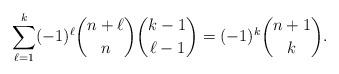
LaTeX: \begin{align*}\sum_{\ell=1}^k(-1)^{\ell}\binom{n+\ell}{n}\binom{k-1}{\ell-1}=(-1)^{k}\binom{n+1}{k}.\end{align*}